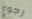
رجوع